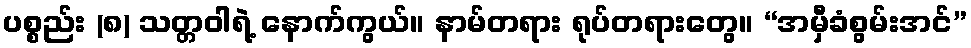
ပစ္စည်း (၈) သတ္တဝါရဲ့ နောက်ကွယ်။ နာမ်တရား ရုပ်တရားတွေ။ “အမှီခံစွမ်းအင်”